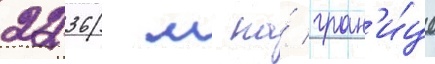
2236 м на́ гран'и́це